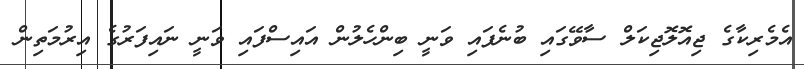
އެމެރިކާގެ ޖިއޮލޮޖިކަލް ސާވޭގައި ބުނެފައި ވަނީ ބިންހެލުން އައިސްފައި ވަނީ ނައިފަރުގެ އިރުމަތިން